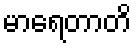
မာရေတာတိ